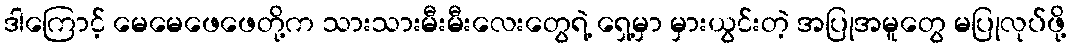
ဒါကြောင့် မေမေဖေဖေတို့က သားသားမီးမီးလေးတွေရဲ့ ရှေ့မှာ မှားယွင်းတဲ့ အပြုအမူတွေ မပြုလုပ်ဖို့